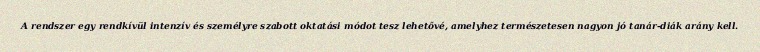
A rendszer egy rendkívül intenzív és személyre szabott oktatási módot tesz lehetővé, amelyhez természetesen nagyon jó tanár-diák arány kell.